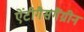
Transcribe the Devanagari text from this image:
ऐंटीगैसगैंग्रीन